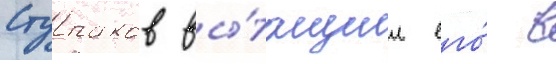
Ступаков вы́тащил его́ в